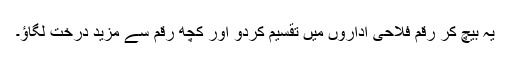
یہ بیچ کر رقم فلاحی اداروں میں تقسیم کردو اور کچھ رقم سے مزید درخت لگاؤ۔